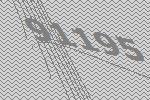
91195